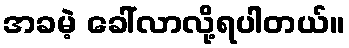
အခမဲ့ ခေါ်လာလို့ရပါတယ်။